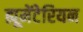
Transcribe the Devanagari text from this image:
ह्यूमेंटेरियन